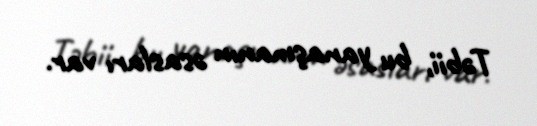
Təbii, bu yanaşmanın əsasları var.